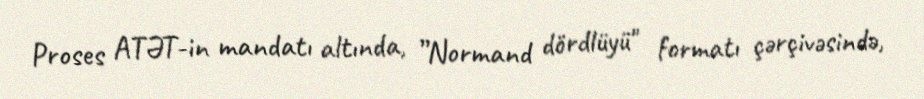
Proses ATƏT-in mandatı altında, ”Normand dördlüyü" formatı çərçivəsində,